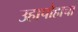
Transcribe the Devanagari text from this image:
उहापोहाचा